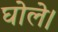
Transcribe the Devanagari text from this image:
घोले।